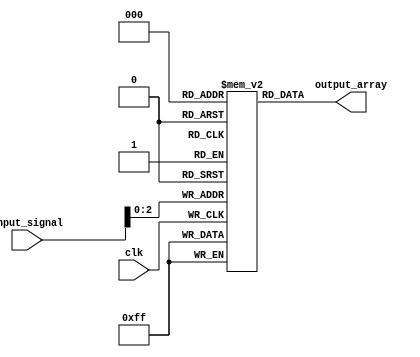
module array_continuous_assignment (
    input wire [3:0] input_signal,  // 4-bit input signal
    input wire clk,                 // Clock signal
    output wire [7:0] output_array  // 8-bit output array
);

    // Declare an array of 8 8-bit registers
    reg [7:0] array_reg [0:7];

    // Initialize the array with default values
    initial begin
        array_reg[0] = 8'h00;
        array_reg[1] = 8'h01;
        array_reg[2] = 8'h02;
        array_reg[3] = 8'h03;
        array_reg[4] = 8'h04;
        array_reg[5] = 8'h05;
        array_reg[6] = 8'h06;
        array_reg[7] = 8'h07;
    end

    // Continuous assignment to update the output array based on input_signal
    always @(posedge clk) begin
        // Assign input_signal to a specific element in the array
        array_reg[input_signal] <= 8'hFF; // Set the indexed element to 0xFF
    end

    // Continuous assignment to output the entire array
    assign output_array = array_reg[0]; // Output the first element of the array

endmodule